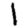
Digit: 1